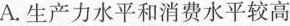
A. 生产力水平和消费水平较高